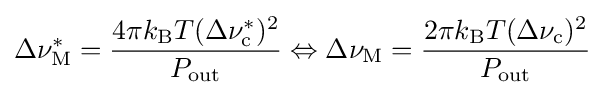
\Delta \nu _{\rm {M}}^{*}={\frac {4\pi k_{\rm {B}}T(\Delta \nu _{\rm {c}}^{*})^{2}}{P_{\rm {out}}}}\Leftrightarrow \Delta \nu _{\rm {M}}={\frac {2\pi k_{\rm {B}}T(\Delta \nu _{\rm {c}})^{2}}{P_{\rm {out}}}}